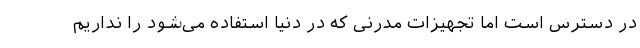
در دسترس است اما تجهیزات مدرنی که در دنیا استفاده می‌شود را نداریم